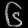
Digit: ၆